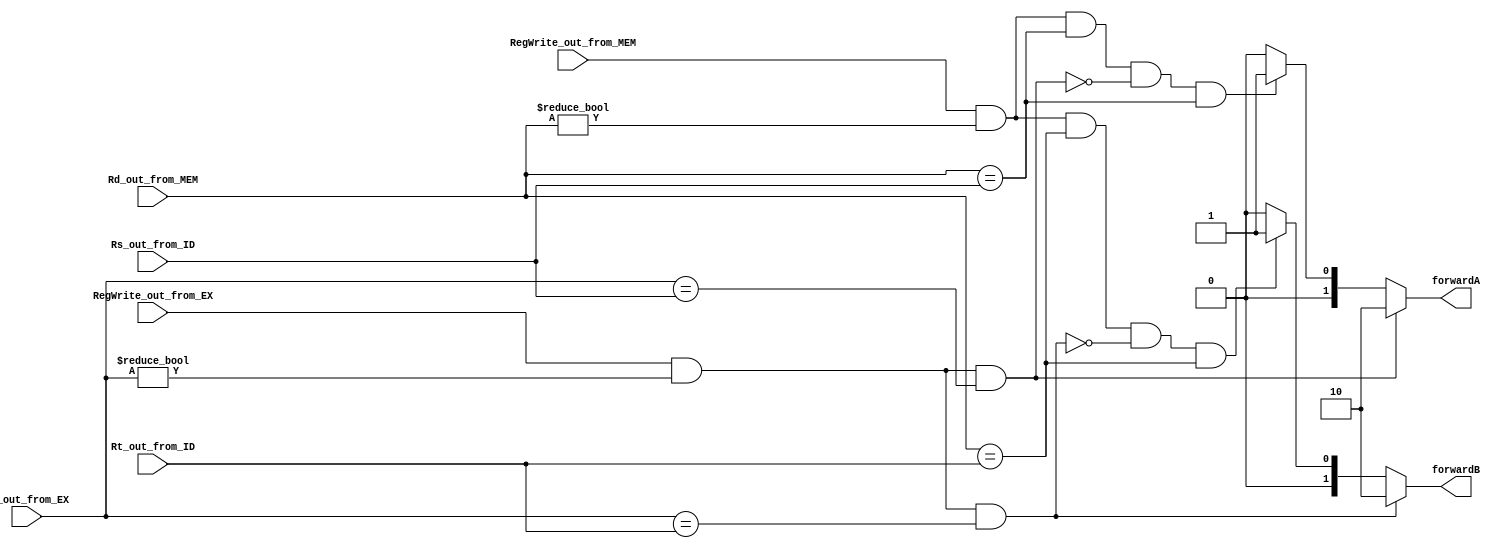
module forwarding( RegWrite_out_from_EX, Rd_out_from_EX,
				   Rs_out_from_ID, Rt_out_from_ID,
				   RegWrite_out_from_MEM, Rd_out_from_MEM,
				   forwardA, forwardB ) ;

	input RegWrite_out_from_EX, RegWrite_out_from_MEM ;
	input [4:0] Rd_out_from_EX, Rs_out_from_ID, Rt_out_from_ID ;
	input [4:0] Rd_out_from_MEM ;
	
	output [1:0] forwardA, forwardB ;
	
	reg [1:0] forwardA, forwardB ;
	
	always@ (RegWrite_out_from_EX or Rd_out_from_EX or Rs_out_from_ID or Rt_out_from_ID or RegWrite_out_from_MEM or Rd_out_from_MEM)
	begin
		if( RegWrite_out_from_EX && ( Rd_out_from_EX != 0 ) && ( Rd_out_from_EX == Rs_out_from_ID ) ) 
		begin 
		  forwardA = 2'b10 ; 
		end
		else if( RegWrite_out_from_MEM && ( Rd_out_from_MEM != 0 ) && ( Rd_out_from_MEM == Rs_out_from_ID )
				 && !( RegWrite_out_from_EX && ( Rd_out_from_EX != 0 ) && ( Rd_out_from_EX == Rs_out_from_ID  ) )
				 && ( Rd_out_from_MEM == Rs_out_from_ID ) )
		begin
		  forwardA = 2'b01 ; 
		end
		else
		begin
		  forwardA = 2'b00 ; 
		end
	
		if( RegWrite_out_from_EX && ( Rd_out_from_EX != 0 ) && ( Rd_out_from_EX == Rt_out_from_ID ) ) 
		begin
		  forwardB = 2'b10 ; 
		end
		else if( RegWrite_out_from_MEM && ( Rd_out_from_MEM != 0 ) && ( Rd_out_from_MEM == Rt_out_from_ID )
				 && !( RegWrite_out_from_EX && ( Rd_out_from_EX != 0 ) && ( Rd_out_from_EX == Rt_out_from_ID  ) )
				 && ( Rd_out_from_MEM == Rt_out_from_ID ) )
		begin
		  forwardB = 2'b01 ; 
		end
		else
		begin
		  forwardB = 2'b00 ;
		end
	end
endmodule